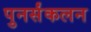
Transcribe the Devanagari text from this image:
पुनर्संकलन